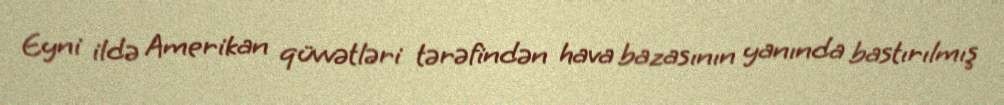
Eyni ildə Amerikan qüvvətləri tərəfindən hava bazasının yanında bastırılmış